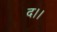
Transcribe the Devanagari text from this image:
द।।